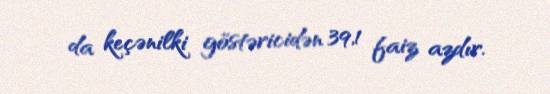
da keçənilki göstəricidən 39,1 faiz azdır.